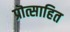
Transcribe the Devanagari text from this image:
प्रॊत्साहित